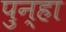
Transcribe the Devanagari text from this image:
पुन्‍हा